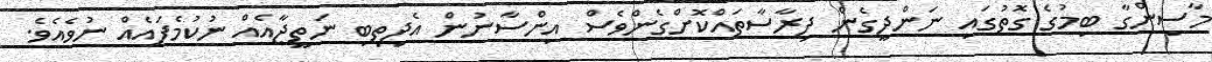
މާސިންގާ ބިމުގެ ގޮތުގައި ނަންދީގެން ދިރާސާތައްކޮށްގެންވެސް އިންސާނުން އެދިތިބި ނަތީޖާއެއް ނުކުމެފައެއް ނުވެއެވެ.